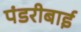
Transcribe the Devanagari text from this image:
पंडरीबाई